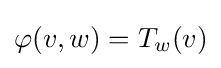
\varphi (v,w)=T_{w}(v)